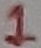
Text: 1